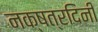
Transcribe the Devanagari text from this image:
नक्षत्रदिनी